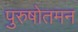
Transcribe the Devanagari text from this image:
पुरुषोतमन